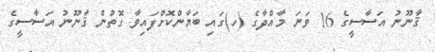
ޤާނޫނު އަސާސީގެ 16 ވަނަ މާއްދާގެ (ހ)ގައި ބަޔާންކޮށްފައިވާ ގޮތުން ޤާނޫނު އަސާސީގެ